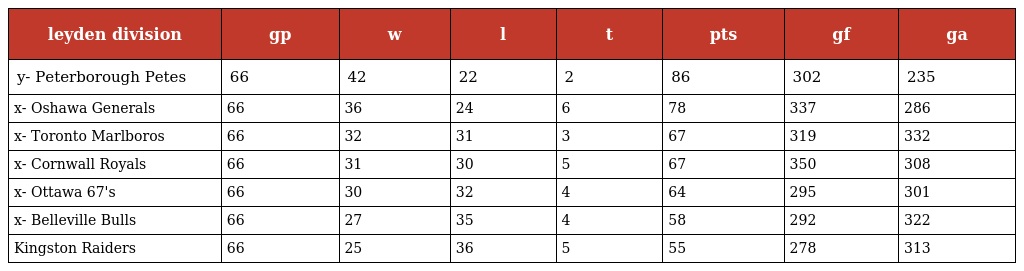
| leyden division | gp | w | l | t | pts | gf | ga |
 | --- | --- | --- | --- | --- | --- | --- | --- |
 | y- Peterborough Petes | 66 | 42 | 22 | 2 | 86 | 302 | 235 |
 | x- Oshawa Generals | 66 | 36 | 24 | 6 | 78 | 337 | 286 |
 | x- Toronto Marlboros | 66 | 32 | 31 | 3 | 67 | 319 | 332 |
 | x- Cornwall Royals | 66 | 31 | 30 | 5 | 67 | 350 | 308 |
 | x- Ottawa 67's | 66 | 30 | 32 | 4 | 64 | 295 | 301 |
 | x- Belleville Bulls | 66 | 27 | 35 | 4 | 58 | 292 | 322 |
 | Kingston Raiders | 66 | 25 | 36 | 5 | 55 | 278 | 313 |